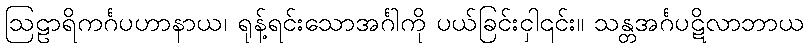
ဩဠာရိကင်္ဂပဟာနာယ၊ ရုန့်ရင်းသောအင်္ဂါကို ပယ်ခြင်းငှါ၎င်း။ သန္တအင်္ဂပဋိလာဘာယ